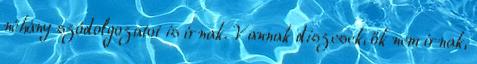
néhány szódolgozatot is írnak. Vannak diszesek, ők nem írnak,